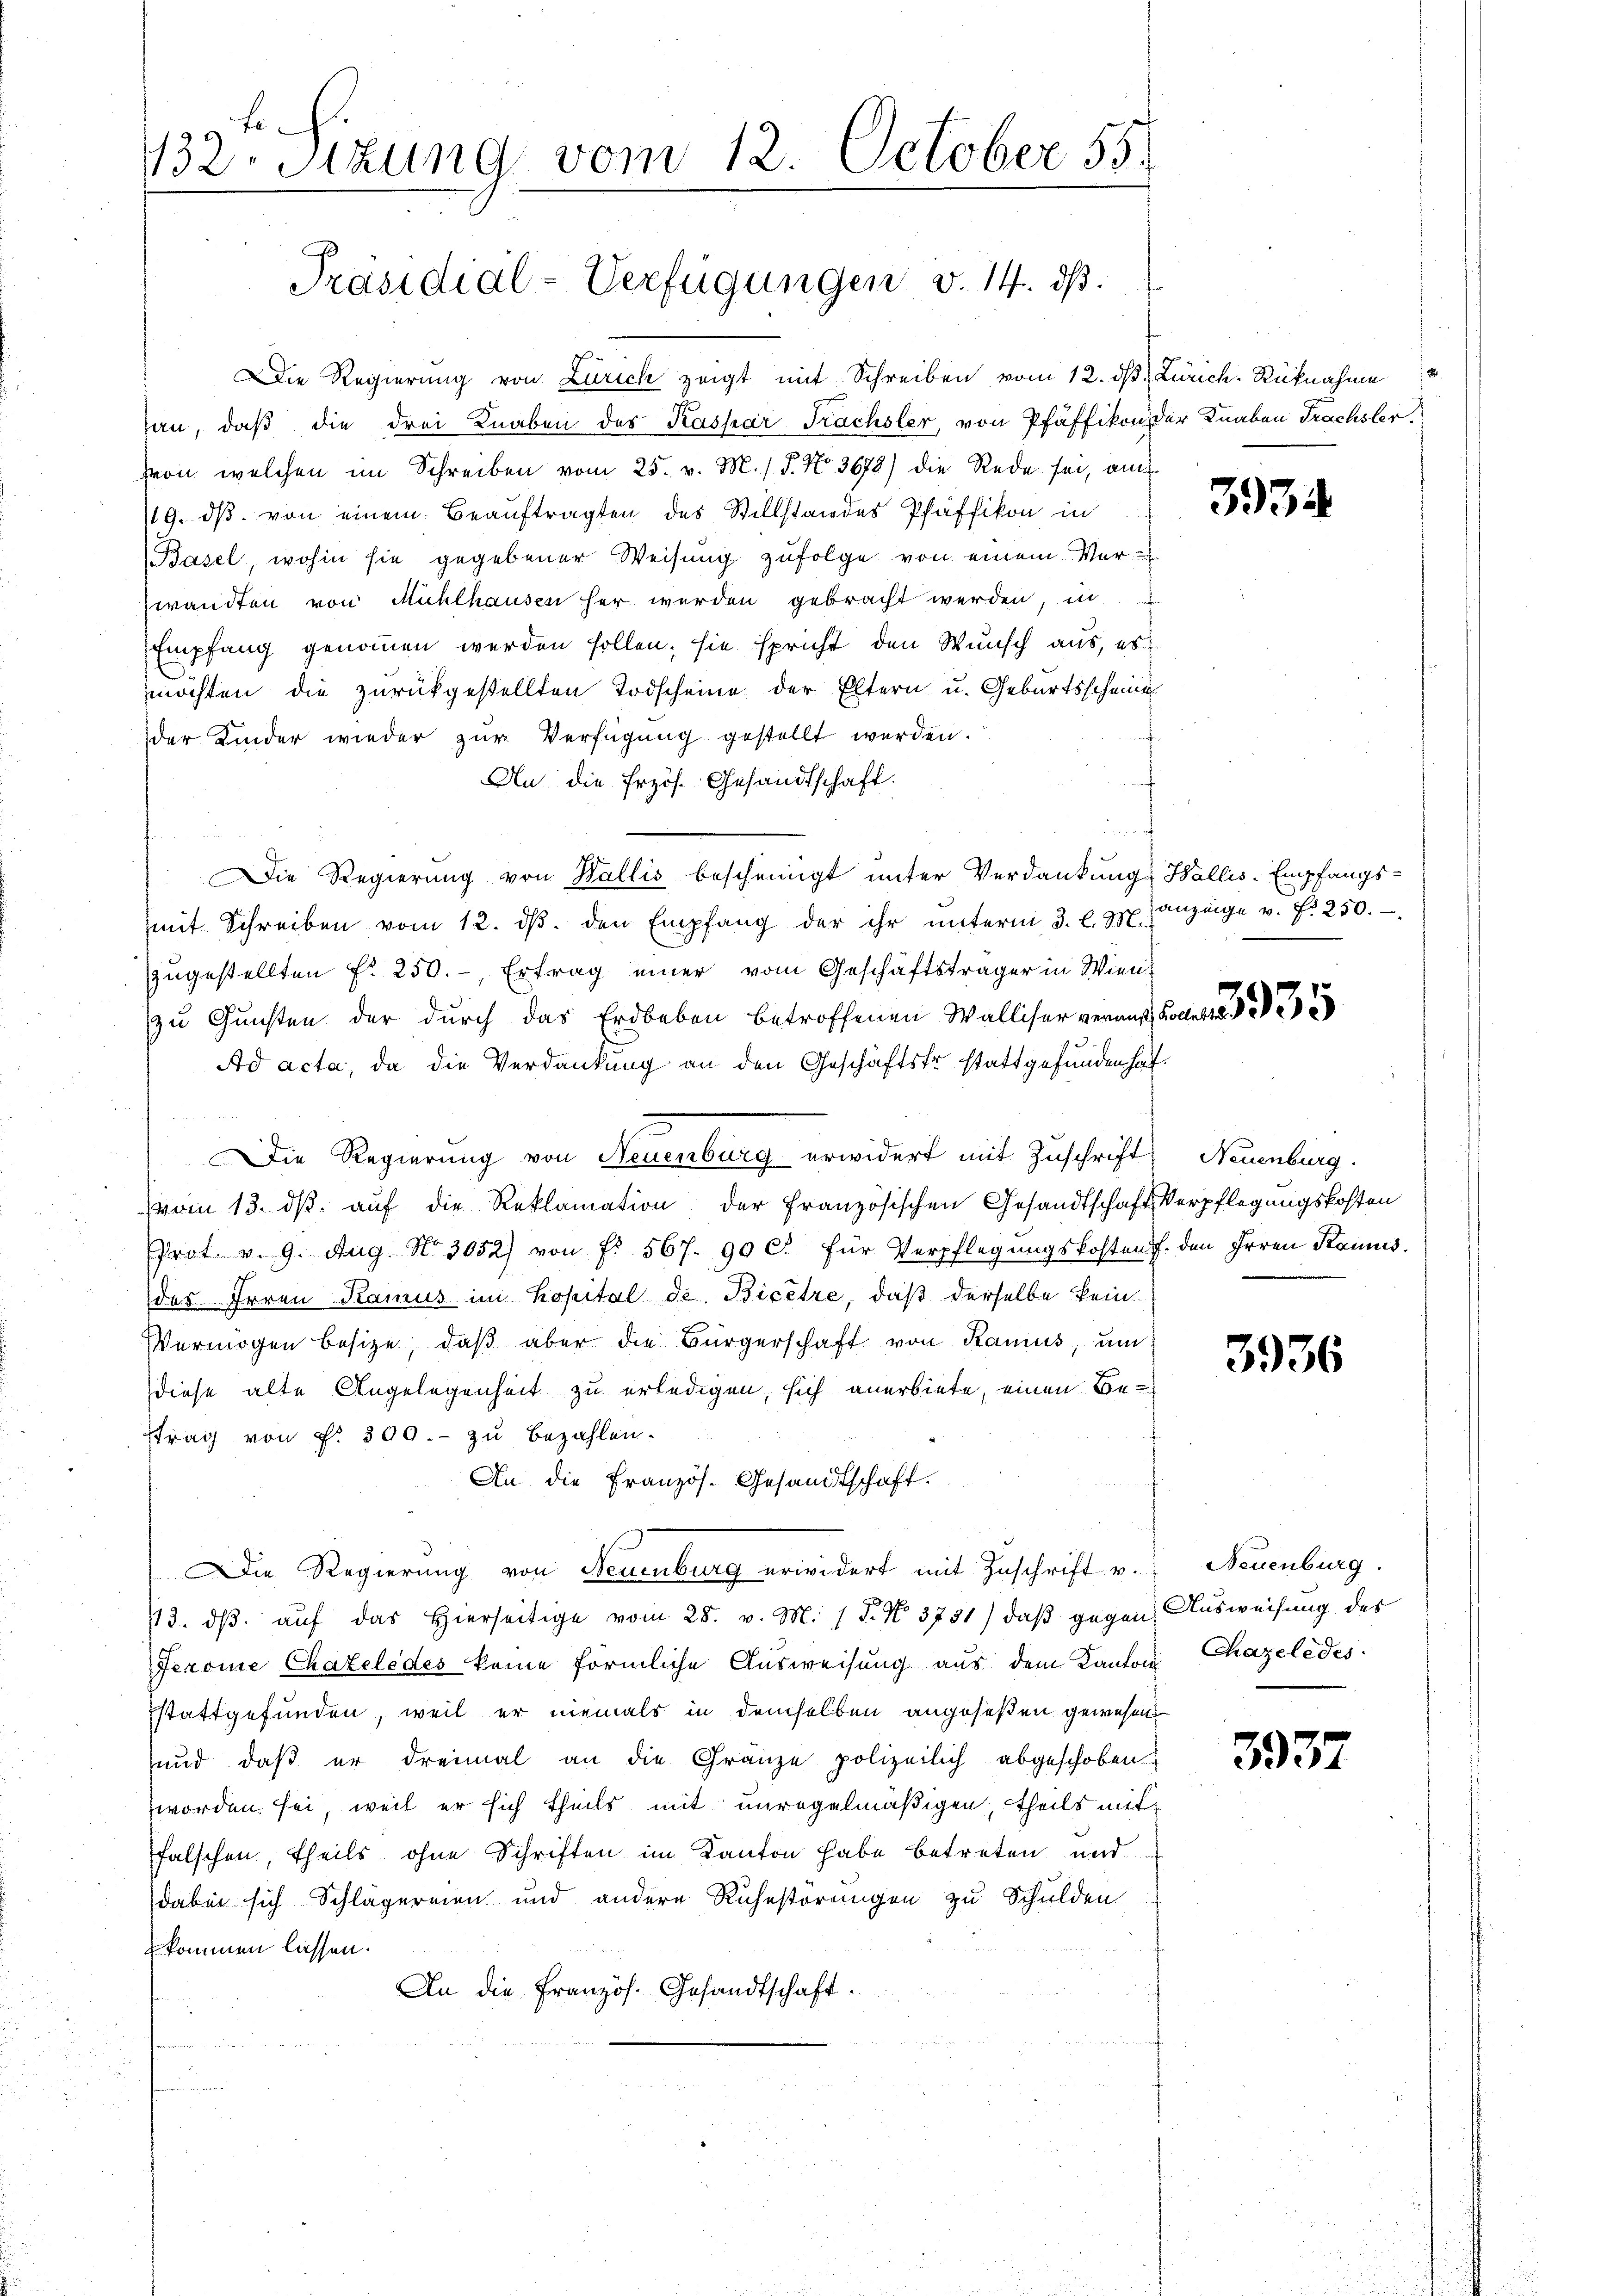
132. Sizung vom 12. October 55.
Präsidial-Verfügungen v. 14. ds.

Die Regierung von Zürich zeigt mit Schreiben vom 12. ds. Zürich. Rücknahme
an, daß die drei Knaben des Kaspar Frachsler, von Pfäffikon der Knaben Trachsler.
von welchen im Schreiben vom 25. v. M. / P. No. 3678) die Rede sei, am
119. dβ von einem Beauftragten des Stillstandes Pfäffikon in
Basel, wohin sie gegebener Weisung zufolge von einem Verwandten von Mühlhausen her werden gebracht werden, in
Empfang genommen werden sollen; sie spricht den Wunsch aus, es
möchten die zurückgestellten Todscheine der Eltern u. Geburtsscheine
der Kinder wieder zur Verfügung gestellt werden.
An die Erzös. Gesandtschaft.
mit Schreiben vom 12. dβ. den Empfang der ihr ŭnterm 3. l. J. Anzeige v. fr. 250.
zzugestellten f. 250.-, Ertrag einer vom Geschäftsträger in Wien
zu Gunsten der durch das Erdbeben betroffenen Walliser verauss
Ad acta, da die Verdankung an den Geschäftstr stattgefunden hat
Die Regierung von Neuenburg erwidert mit Zuschrift
vom 13. ds. auf die Reklamation der französischen Gesandtschaft Verpflegungskosten
Prot. v. 9. Aug No 3052) von f. 567. 90 c. für Verpflegungskostens den Irren Kannes.
des Irren Kamus im Kopital de Bicere, daß derselbe kein¬
Vermögen besitze, daβ aber die Bürgerschaft von Kanius, um
diese alte Angelegenheit zu erledigen, sich anerbiete, einen Betrag von P. 300.- zu bezahlen.
An die Französ. Gesandtschaft.
Die Regierung von Neuenburg erwidert mit Zuschrift v. Neuenburg.
/3. dβ aŭf das hierseitige vom 28. v. M. 1 S. No. 3781) daß gegen Ausweisung des
Jerome Chateledes keine förmliche Ausweisung aus dem Kanton Chazeledes
stattgefunden, weil er niemals in demselben angeseßen gewesen
und, daß er dreimal an die Gränze polizeilich abgeschoben
worden sei, weil er sich theils mit unregelmäßigen, theils mit
falschen, theils ohne Schriften im Kanton habe betreten und
dabei sich Schlägereien und andere Ruhestörungen zu Schulden.
kommen lassen.
An die Französ. Gesandtschaft.

Die Regierung von Wallis bescheinigt unter Verdankung Wallis-Empfangs-

f

3934

335

Neuenburg.

3936

3937